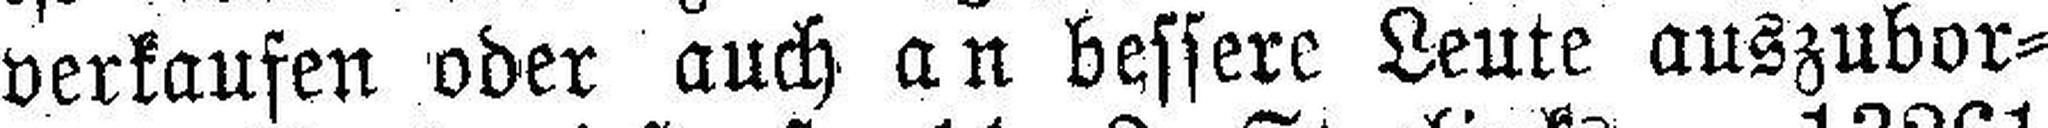
verkaufen oder auch an bessere Leute auszubor¬